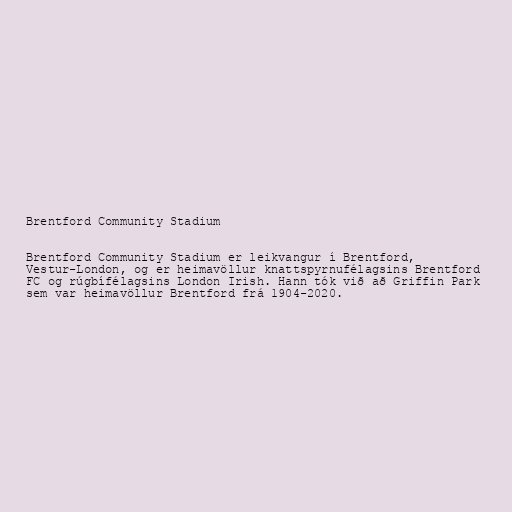
Brentford Community Stadium

Brentford Community Stadium er leikvangur í Brentford,
Vestur-London, og er heimavöllur knattspyrnufélagsins Brentford
FC og rúgbífélagsins London Irish. Hann tók við að Griffin Park
sem var heimavöllur Brentford frá 1904-2020.